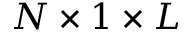
N \times 1 \times L